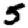
Digit: 5